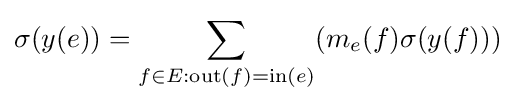
\sigma (y(e))=\sum _{f\in E:\mathrm {out} (f)=\mathrm {in} (e)}(m_{e}(f)\sigma (y(f)))